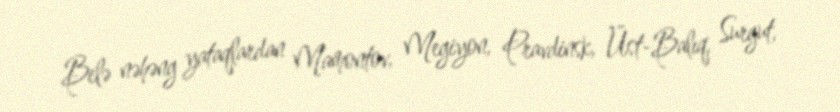
Belə nəhəng yataqlardan Mamontov, Megiyon, Pravdinsk, Üst-Balıq, Surgut,